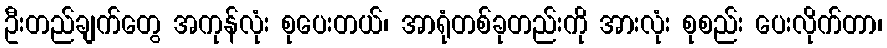
ဦးတည်ချက်တွေ အကုန်လုံး စုပေးတယ်၊ အာရုံတစ်ခုတည်းကို အားလုံး စုစည်း ပေးလိုက်တာ၊